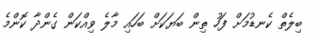
ބިލެތް ކެނޑުމަށް ފަހު ތިން ބަޔަކަށް ބަހައި މާލެ ވިއްކަން ގެންދާ ކޮންމެ